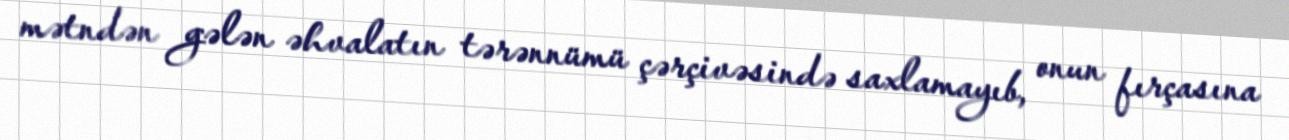
mətndən gələn əhvalatın tərənnümü çərçivəsində saxlamayıb, onun fırçasına